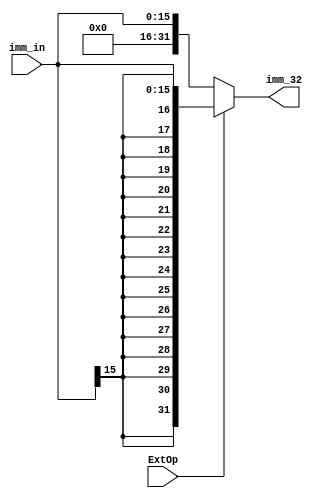
module Extend # (
    parameter in_size = 16 
) (
    input ExtOp,
    input [in_size - 1:0] imm_in,
    output reg [31:0] imm_32
);

    always @(ExtOp or imm_in) begin
        if (ExtOp) imm_32 = $signed(imm_in);
        else imm_32 = imm_in;
    end

endmodule